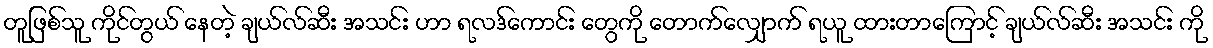
တူဖြစ်သူ ကိုင်တွယ် နေတဲ့ ချယ်လ်ဆီး အသင်း ဟာ ရလဒ်ကောင်း တွေကို တောက်လျှောက် ရယူ ထားတာကြောင့် ချယ်လ်ဆီး အသင်း ကို